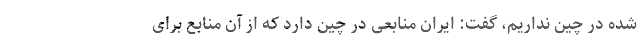
شده در چین نداریم، گفت: ایران منابعی در چین دارد که از آن منابع برای